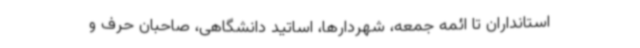
استانداران تا ائمه جمعه، شهردارها، اساتید دانشگاهی، صاحبان حرف و